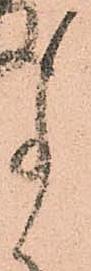
事